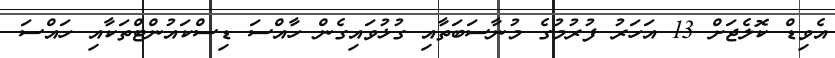
އެވިޑް ކޮލެޖަށް 13 އަހަރު ފުރުމުގެ މުނާސަބަތާއި ގުޅުވައިގެން ހާއްސަ ޑިސްކައުންޓްތަކާއި ހައްސަ